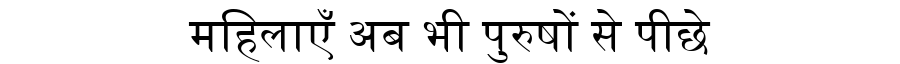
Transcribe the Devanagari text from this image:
महिलाएँ अब भी पुरुषों से पीछे